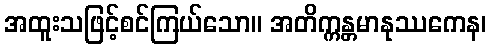
အထူးသဖြင့်စင်ကြယ်သော။ အတိက္ကန္တမာနုဿကေန၊